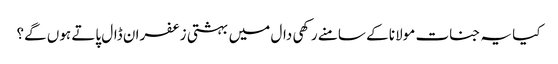
کیا یہ جنات مولانا کے سامنے رکھی دال میں بہشتی زعفران ڈال پاتے ہوں گے؟